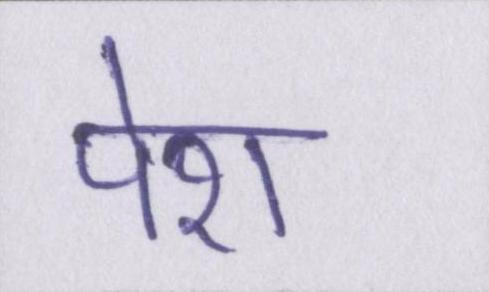
पेश